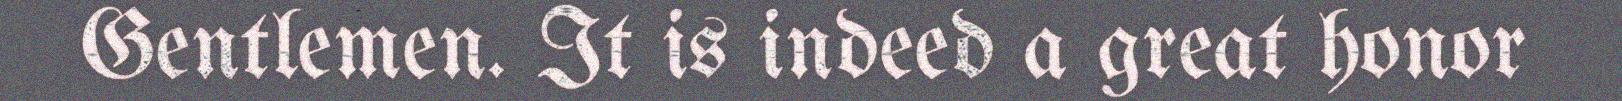
Gentlemen. It is indeed a great honor